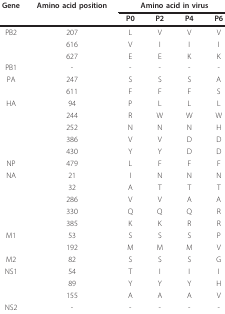
| Gene | Amino acid position | <COLSPAN=4> Amino acid in virus |
 |  |  | P0 | P2 | P4 | P6 |
 | --- | --- | --- | --- | --- | --- |
 | PB2 | 207 | L | V | V | V |
 |  | 616 | V | I | I | I |
 |  | 627 | E | E | K | K |
 | PB1 | - | - | - | - | - |
 | PA | 247 | S | S | S | A |
 |  | 611 | F | F | F | S |
 | HA | 94 | P | L | L | L |
 |  | 244 | R | W | W | W |
 |  | 252 | N | N | N | H |
 |  | 386 | V | V | D | D |
 |  | 430 | Y | Y | D | D |
 | NP | 479 | L | F | F | F |
 | NA | 21 | I | N | N | N |
 |  | 32 | A | T | T | T |
 |  | 286 | V | V | A | A |
 |  | 330 | Q | Q | Q | R |
 |  | 385 | K | K | R | R |
 | M1 | 53 | S | S | S | P |
 |  | 192 | M | M | M | V |
 | M2 | 82 | S | S | S | G |
 | NS1 | 54 | T | I | I | I |
 |  | 89 | Y | Y | Y | H |
 |  | 155 | A | A | A | V |
 | NS2 | - | - | - | - | - |